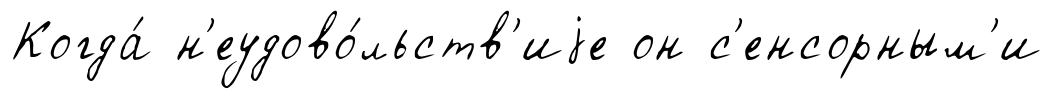
Когда́ н'еудово́льств'иjе он с'енсорным'и